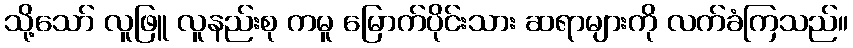
သို့သော် လူဖြူ လူနည်းစု ကမူ မြောက်ပိုင်းသား ဆရာများကို လက်ခံကြသည်။